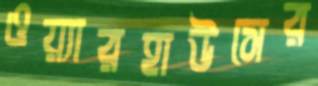
ওয়্যারহাউসের